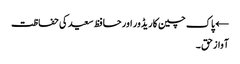
← پاک چین کاریڈور اور حافظ سعید کی حفاظت
آواز حق ۔